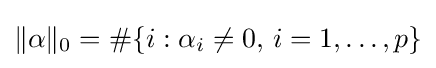
\|\alpha \|_{0}=\#\{i:\alpha _{i}\neq 0,\,i=1,\ldots ,p\}